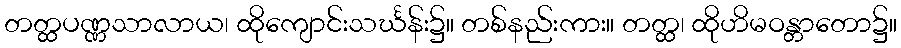
တတ္ထပဏ္ဏသာလာယ၊ ထိုကျောင်းသင်္ဃန်း၌။ တစ်နည်းကား။ တတ္ထ၊ ထိုဟိမဝန္တာတော၌။